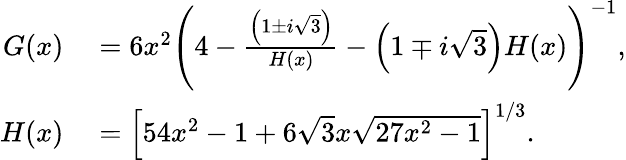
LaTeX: \begin{array}{rl}{G(x)}&{{}=6x^{2}\left(4-\frac{\left(1\pm i\sqrt{3}\right)}{H(x)}-\left(1\mp i\sqrt{3}\right)H(x)\right)^{-1},}\\ {H(x)}&{{}=\left[54x^{2}-1+6\sqrt{3}x\sqrt{27x^{2}-1}\right]^{1/3}.}\end{array}